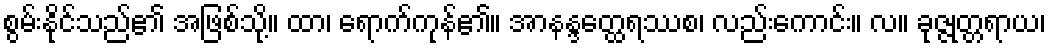
စွမ်းနိုင်သည်၏ အဖြစ်သို့။ ထာ၊ ရောက်ကုန်၏။ အာနန္ဒတ္ထေရဿစ၊ လည်းကောင်း။ လ။ ခုဇ္ဇုတ္တရာယ၊